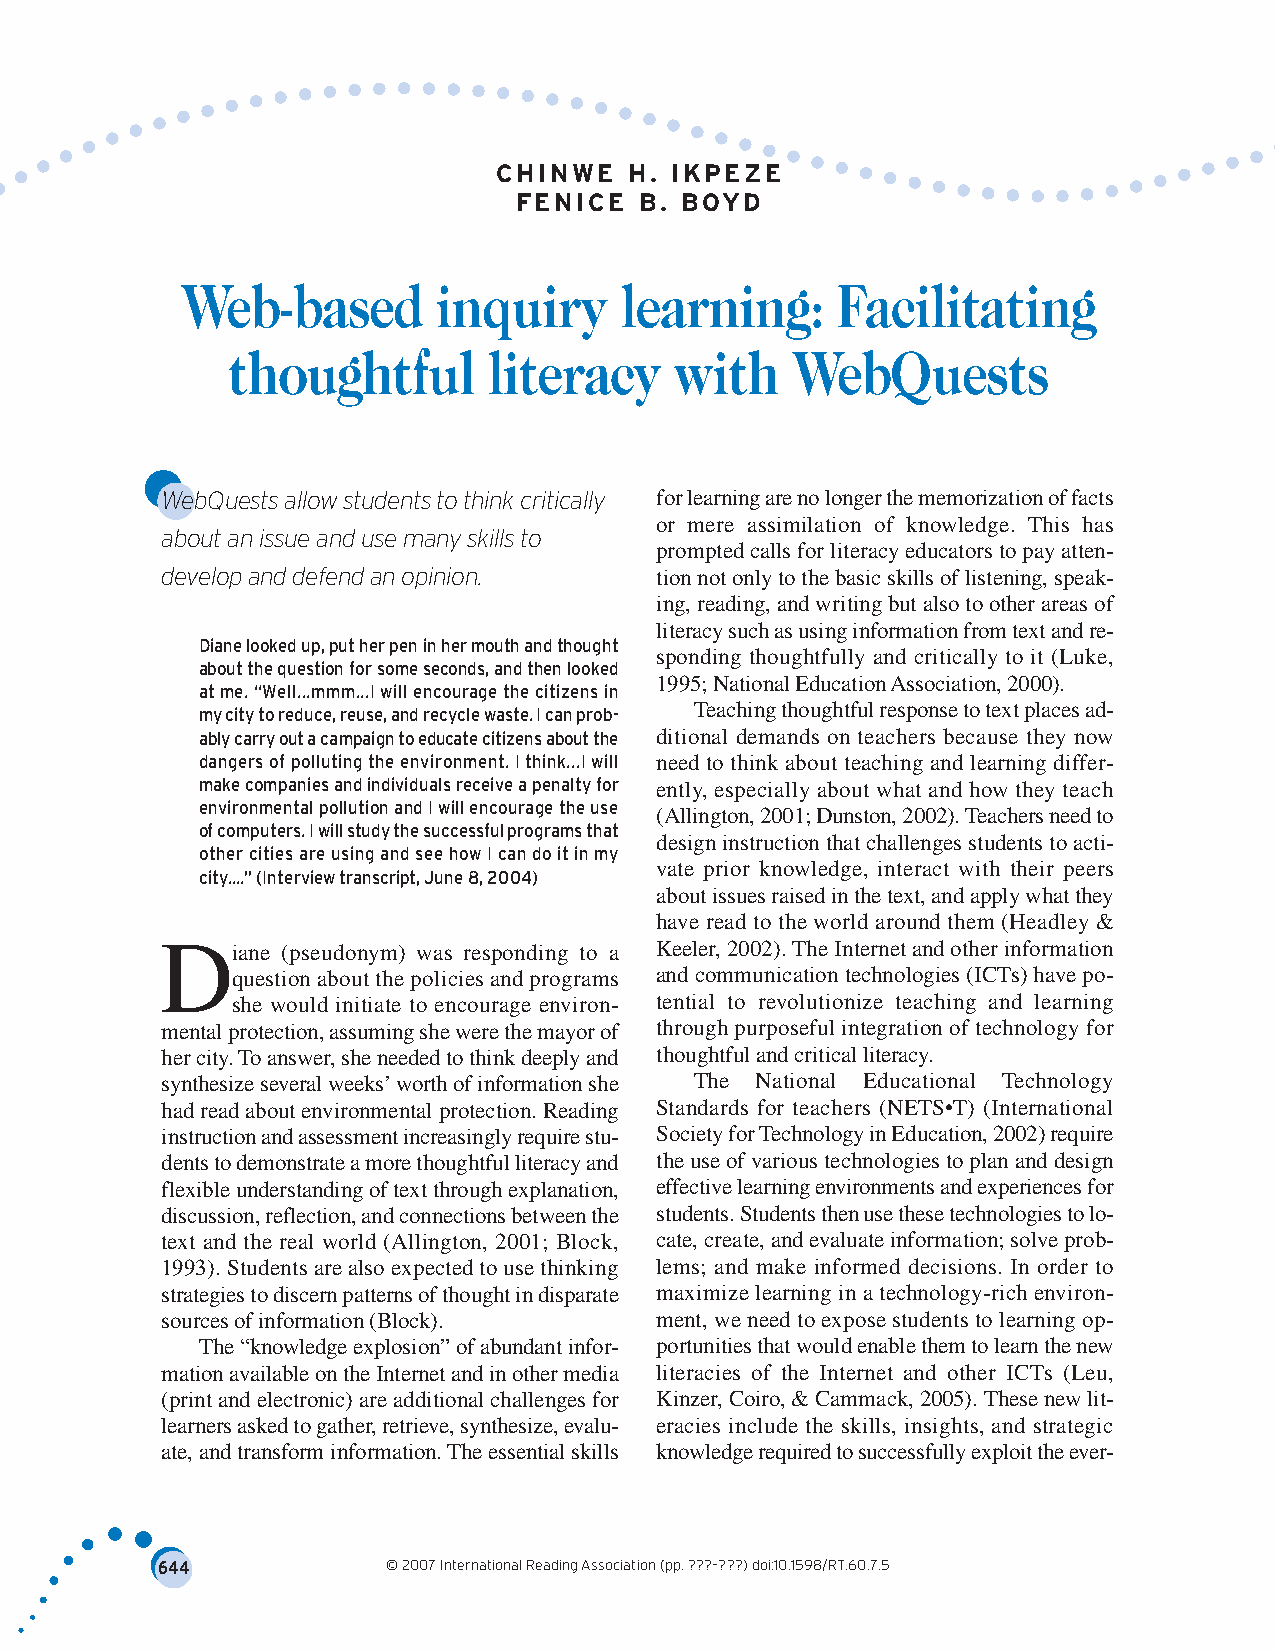
CHINWE   H. IKPEZE
 FENICE  B. BOYD
 Web-based        inquiry     learning:     Facilitating
 thoughtful       literacy     with   WebQuests
 WebQuests allow students to think critically for learning are no longer the memorization of facts
 or mere assimilation of knowledge. This has
 about an issue and use many skills to
 prompted calls for literacy educators to pay atten-
 develop and defend an opinion.  tion not only to the basic skills of listening, speak-
 ing, reading, and writing but also to other areas of
 literacy such as using information from text and re-
 Diane looked up, put her pen in her mouth and thought
 sponding thoughtfully and critically to it (Luke,
 about the question for some seconds, and then looked
 1995; National Education Association, 2000).
 at me. “Well...mmm...I will encourage the citizens in
 Teaching thoughtful response to text places ad-
 my city to reduce, reuse, and recycle waste. I can prob-
 ably carry out a campaign to educate citizens about the ditional demands on teachers because they now
 dangers of polluting the environment. I think...I will need to think about teaching and learning differ-
 make companies and individuals receive a penalty for ently, especially about what and how they teach
 environmental pollution and I will encourage the use
 (Allington, 2001; Dunston, 2002). Teachers need to
 of computers. I will study the successful programs that
 design instruction that challenges students to acti-
 other cities are using and see how I can do it in my
 vate prior knowledge, interact with their peers
 city....” (Interview transcript, June 8, 2004)
 about issues raised in the text, and apply what they
 have read to the world around them (Headley &
 D   iane (pseudonym) was responding to a Keeler, 2002). The Internet and other information
 question about the policies and programs and communication technologies (ICTs) have po-
 she would initiate to encourage environ- tential to revolutionize teaching and learning
 mental protection, assuming she were the mayor of through purposeful integration of technology for
 her city. To answer, she needed to think deeply and thoughtful and critical literacy.
 synthesize several weeks’worth of information she The National Educational Technology
 had read about environmental protection. Reading Standards for teachers (NETS•T) (International
 instruction and assessment increasingly require stu- Society for Technology in Education, 2002) require
 dents to demonstrate a more thoughtful literacy and the use of various technologies to plan and design
 flexible understanding of text through explanation, effective learning environments and experiences for
 discussion, reflection, and connections between the students. Students then use these technologies to lo-
 text and the real world (Allington, 2001; Block, cate, create, and evaluate information; solve prob-
 1993). Students are also expected to use thinking lems; and make informed decisions. In order to
 strategies to discern patterns of thought in disparate maximize learning in a technology-rich environ-
 sources of information (Block). ment, we need to expose students to learning op-
 The “knowledge explosion” of abundant infor- portunities that would enable them to learn the new
 mation available on the Internet and in other media literacies of the Internet and other ICTs (Leu,
 (print and electronic) are additional challenges for Kinzer, Coiro, & Cammack, 2005). These new lit-
 learners asked to gather, retrieve, synthesize, evalu- eracies include the skills, insights, and strategic
 ate, and transform information. The essential skills knowledge required to successfully exploit the ever-
 644             © 2007 International Reading Association (pp. ???–???) doi:10.1598/RT.60.7.5